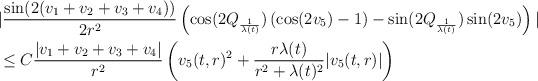
LaTeX: \begin{align*} &|\frac{\sin(2(v_{1}+v_{2}+v_{3}+v_{4}))}{2r^{2}} \left(\cos(2Q_{\frac{1}{\lambda(t)}})\left(\cos(2v_{5})-1\right)-\sin(2Q_{\frac{1}{\lambda(t)}})\sin(2v_{5})\right)|\\&\leq C \frac{|v_{1}+v_{2}+v_{3}+v_{4}|}{r^{2}} \left(v_{5}(t,r)^{2} + \frac{r \lambda(t)}{r^{2}+\lambda(t)^{2}}|v_{5}(t,r)|\right)\end{align*}